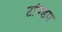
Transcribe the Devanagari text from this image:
टांण्डव